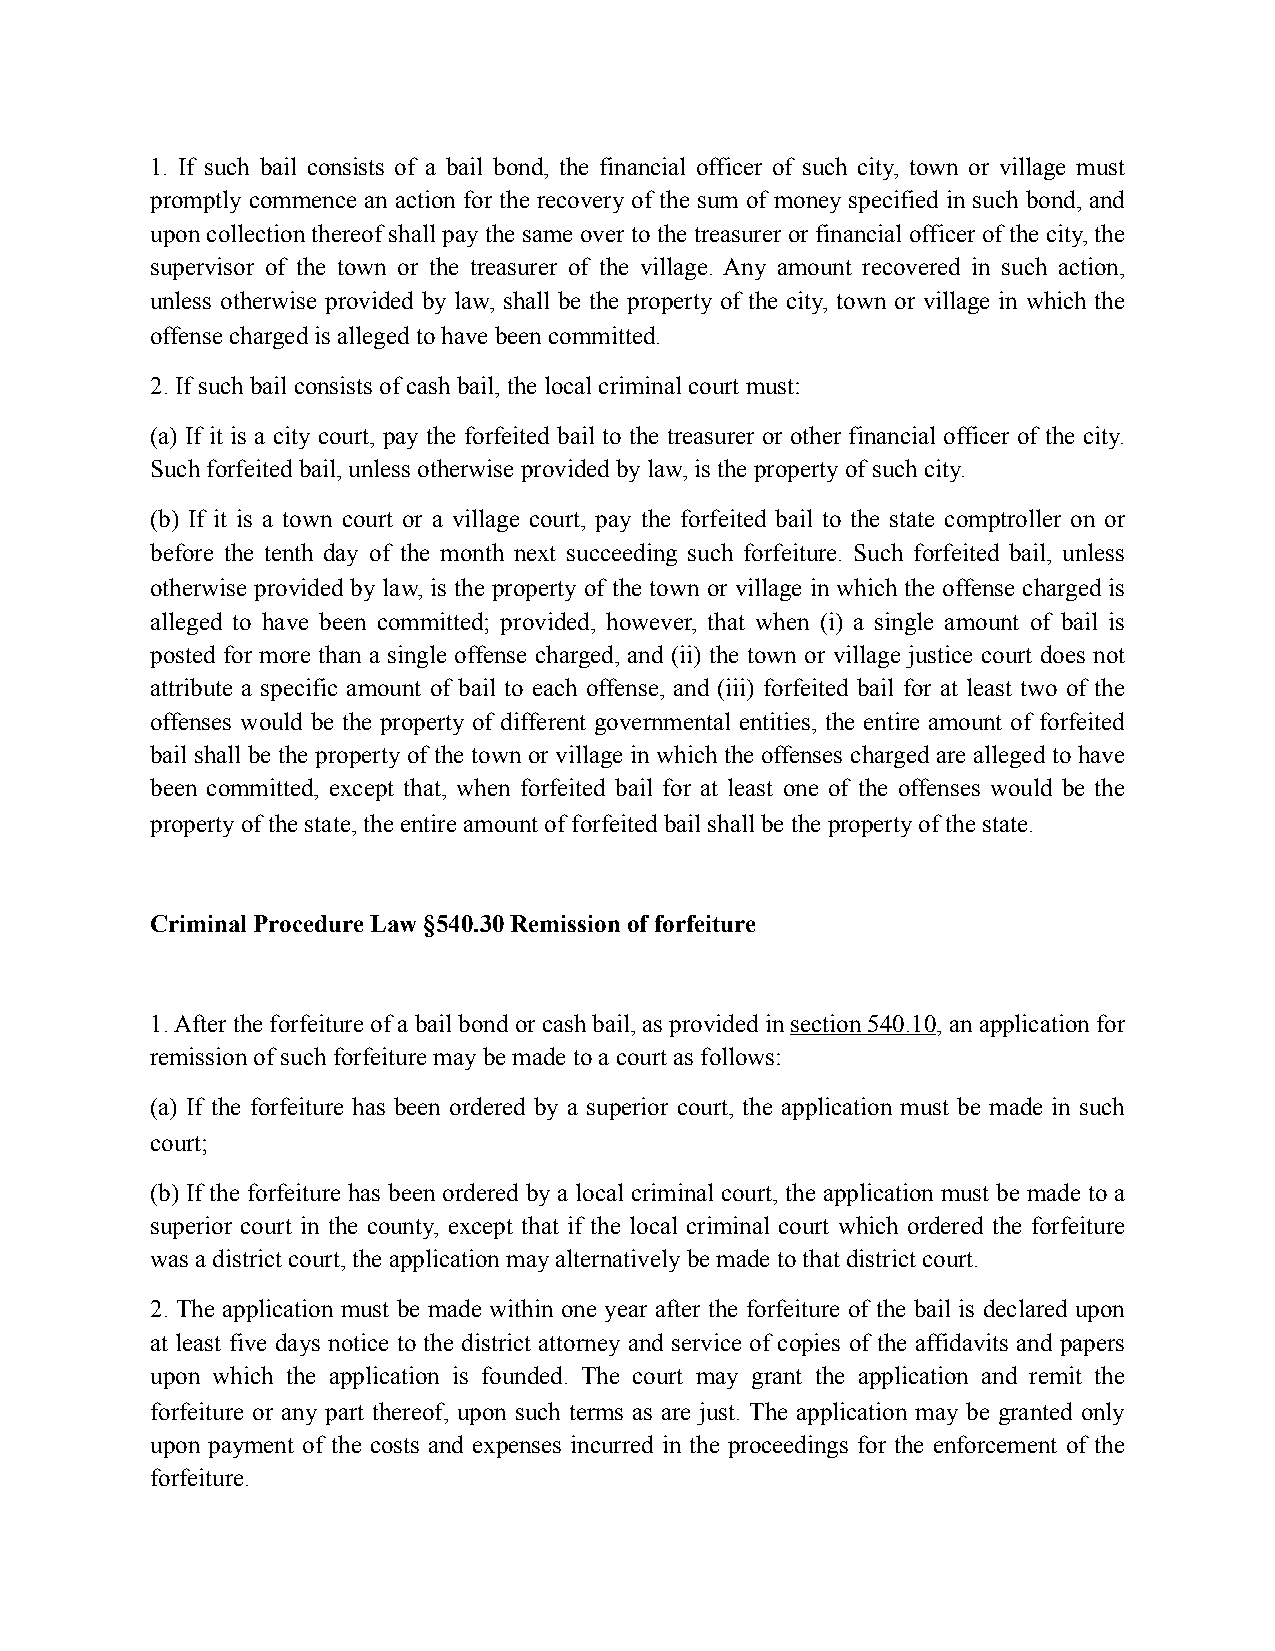
1. If such bail consists of a bail bond, the financial officer of such city, town or village must
 promptly commence an action for the recovery of the sum of money specified in such bond, and
 upon collection thereof shall pay the same over to the treasurer or financial officer of the city, the
 supervisor of the town or the treasurer of the village. Any amount recovered in such action,
 unless otherwise provided by law, shall be the property of the city, town or village in which the
 offense charged is alleged to have been committed.
 2. If such bail consists of cash bail, the local criminal court must:
 (a) If it is a city court, pay the forfeited bail to the treasurer or other financial officer of the city.
 Such forfeited bail, unless otherwise provided by law, is the property of such city.
 (b) If it is a town court or a village court, pay the forfeited bail to the state comptroller on or
 before the tenth day of the month next succeeding such forfeiture. Such forfeited bail, unless
 otherwise provided by law, is the property of the town or village in which the offense charged is
 alleged to have been committed; provided, however, that when (i) a single amount of bail is
 posted for more than a single offense charged, and (ii) the town or village justice court does not
 attribute a specific amount of bail to each offense, and (iii) forfeited bail for at least two of the
 offenses would be the property of different governmental entities, the entire amount of forfeited
 bail shall be the property of the town or village in which the offenses charged are alleged to have
 been committed, except that, when forfeited bail for at least one of the offenses would be the
 property of the state, the entire amount of forfeited bail shall be the property of the state.
 Criminal Procedure Law §540.30 Remission of forfeiture
 1. After the forfeiture of a bail bond or cash bail, as provided in section 540.10, an application for
 remission of such forfeiture may be made to a court as follows:
 (a) If the forfeiture has been ordered by a superior court, the application must be made in such
 court;
 (b) If the forfeiture has been ordered by a local criminal court, the application must be made to a
 superior court in the county, except that if the local criminal court which ordered the forfeiture
 was a district court, the application may alternatively be made to that district court.
 2. The application must be made within one year after the forfeiture of the bail is declared upon
 at least five days notice to the district attorney and service of copies of the affidavits and papers
 upon which the application is founded. The court may grant the application and remit the
 forfeiture or any part thereof, upon such terms as are just. The application may be granted only
 upon payment of the costs and expenses incurred in the proceedings for the enforcement of the
 forfeiture.